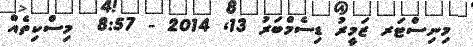
މިނިސްޓަރ ޒަމީރު ޑިސެމްބަރު 13